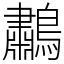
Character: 鷫